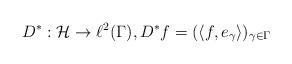
LaTeX: \begin{align*}D^*: \mathcal{H} \to \ell^2(\Gamma),D^*f = (\langle f, e_\gamma \rangle)_{\gamma \in \Gamma}\end{align*}